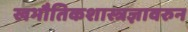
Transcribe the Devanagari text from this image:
खभौतिकशास्त्रज्ञावरुन